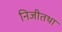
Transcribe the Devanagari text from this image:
निजीतथा